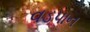
વડપાન